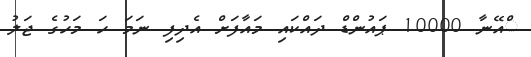
ްއޭނާ 10000 ޕައުންޑް ދައްކައި މައާފަށް އެދިފި ނަމަ ހަ މަހުގެ ޖަލު